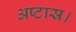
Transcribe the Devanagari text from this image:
अष्टास्र।